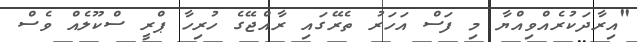
"އިރާދަކުރެއްވިއްޔާ މި ފަސް އަހަރު ތެރޭގައި ރާއްޖޭގެ ހުރިހާ ޕްރީ ސްކޫލެއް ވެސް